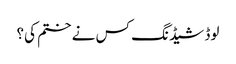
لوڈ شیڈنگ کس نے ختم کی؟